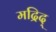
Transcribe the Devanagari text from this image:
मद्रिद्